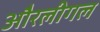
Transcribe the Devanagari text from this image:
औरलीगल